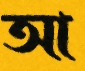
আ